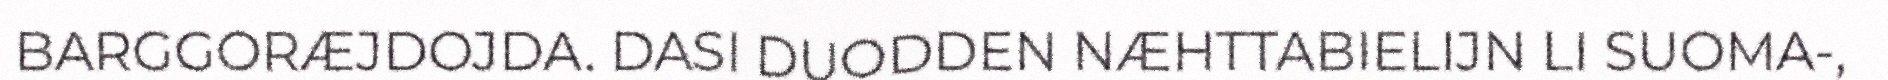
BARGGORÆJDOJDA. DASI DUODDEN NÆHTTABIELIJN LI SUOMA-,